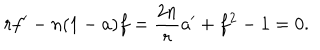
r f ^ { \prime } - n ( 1 - a ) f = \frac { 2 n } { r } a ^ { \prime } + f ^ { 2 } - 1 = 0 .